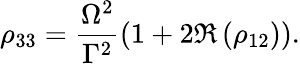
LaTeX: \rho_{33}=\frac{\Omega^{2}}{\Gamma^{2}}\left(1+2\Re\left(\rho_{12}\right)\right).